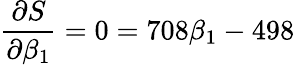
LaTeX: {\frac{\partial S}{\partial\beta_{1}}}=0=708\beta_{1}-498